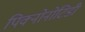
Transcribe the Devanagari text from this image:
पिक्नोनोटिडी